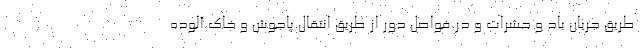
طریق جریان باد و حشرات و در فواصل دور از طریق انتقال پاجوش و خاک آلوده